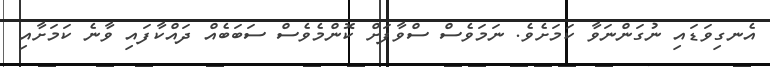
އެނގިވަޑައި ނުގަންނަވާ ކަމަށެވެ. ނަމަވެސް ސްވާފަށް ކޮންމެވެސް ސަބަބެއް ދައްކާފައި ވާނެ ކަމަށާއި